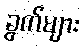
ခွက်များ